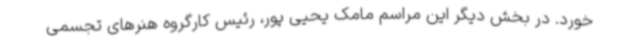
خورد. در بخش دیگر این مراسم مامک یحیی پور، رئیس کارگروه هنرهای تجسمی